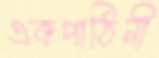
একপাঠিনী